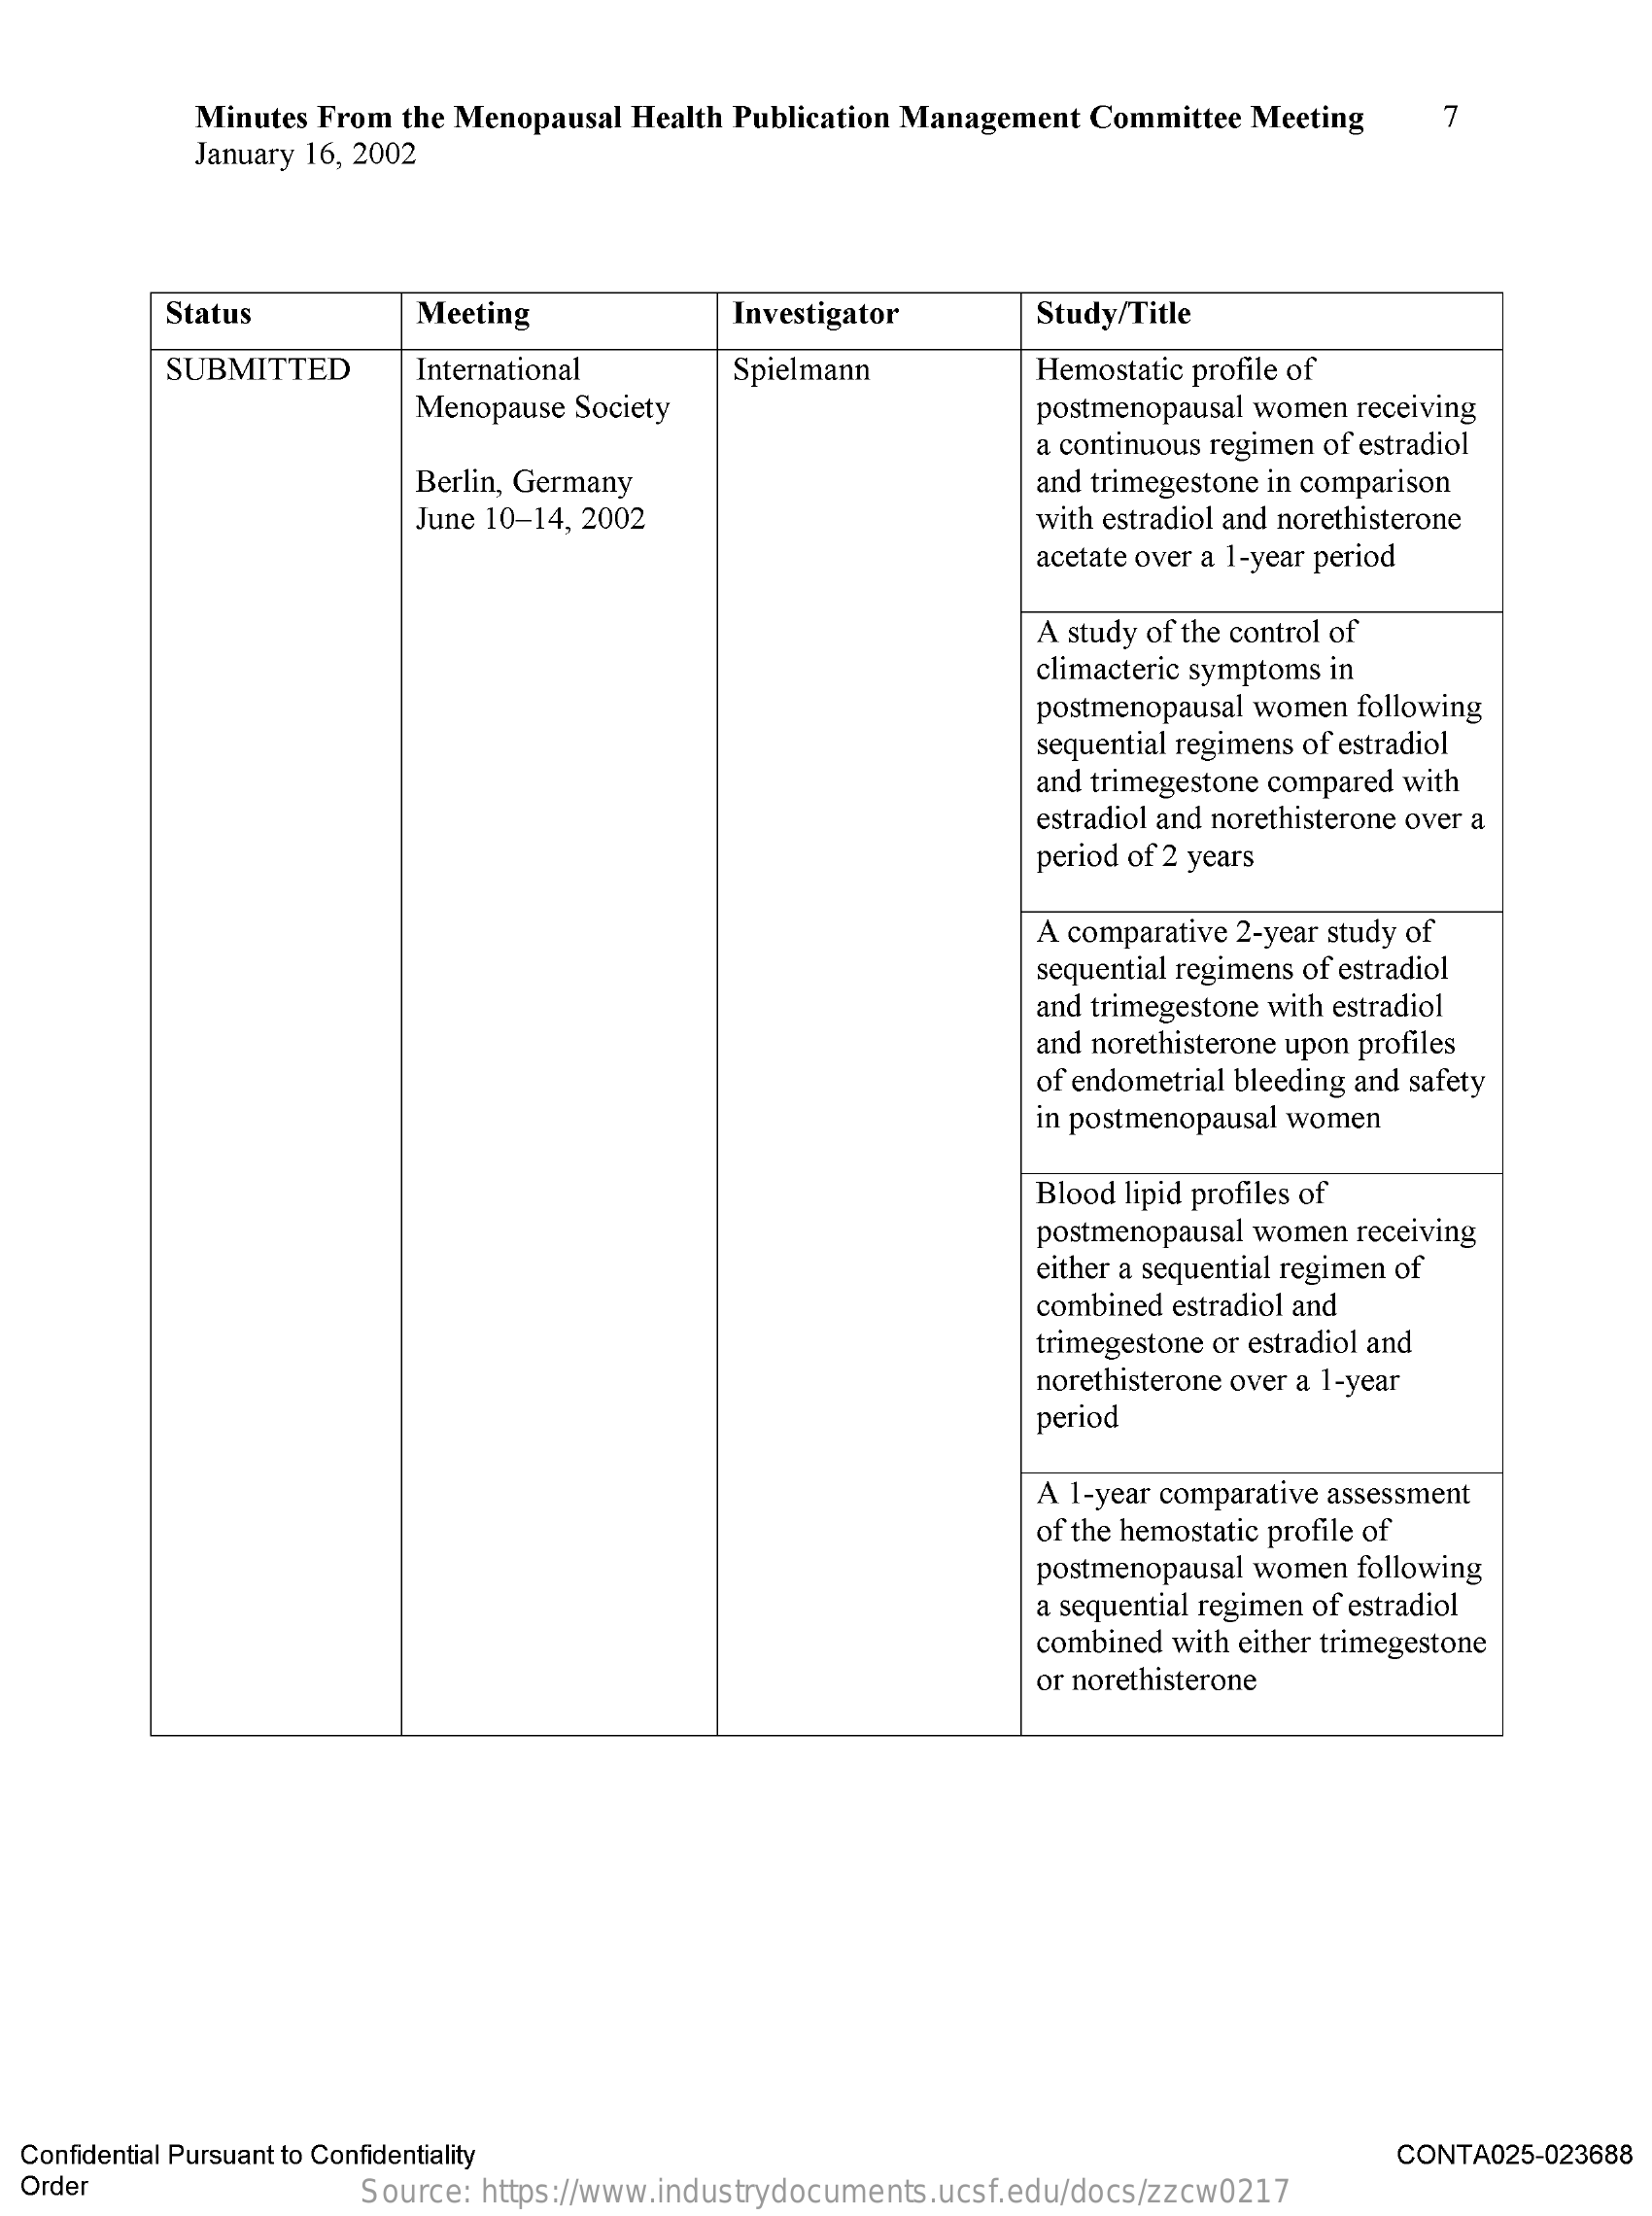
Minutes From the Menopausal Health Publication Management Committee Meeting 7
     January 16, 2002
     Status    Meeting    Investigator    Study/Title
     SUBMITTED    International    Spielmann    Hemostatic profile of
     Menopause Society    postmenopausal women receiving
     a continuous regimen of estradiol
     Berlin, Germany    and trimegestone in comparison
     June 10-14, 2002    with estradiol and norethisterone
     acetate over a 1-year period
     A study of the control of
     climacteric symptoms in
     postmenopausal women following
     sequential regimens of estradiol
     and trimegestone compared with
     estradiol and norethisterone over a
     period of 2 years
     A comparative 2-year study of
     sequential regimens of estradiol
     and trimegestone with estradiol
     and norethisterone upon profiles
     of endometrial bleeding and safety
     in postmenopausal women
     Blood lipid profiles of
     postmenopausal women receiving
     either a sequential regimen of
     combined estradiol and
     trimegestone or estradiol and
     norethisterone over a 1-year
     period
     A 1-year comparative assessment
     of the hemostatic profile of
     postmenopausal women following
     a sequential regimen of estradiol
     combined with either trimegestone
     or norethisterone
  Confidential Pursuant to Confidentiality    CONTA025-023688
  Order    Source: https://www.industrydocuments.ucsf.edu/docs/zzcw0217